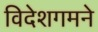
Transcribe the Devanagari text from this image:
विदेशगमने